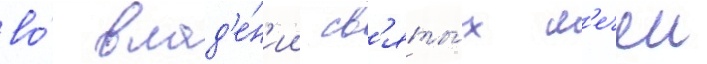
во́ влад'е́н'ии св'яты́х м'ечеи